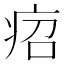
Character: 𤵪